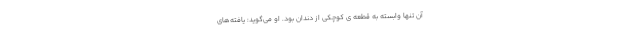
آن تنها وابسته به قطعه ی کوچکی از دندان بود. او می‌گوید: یافته‌های